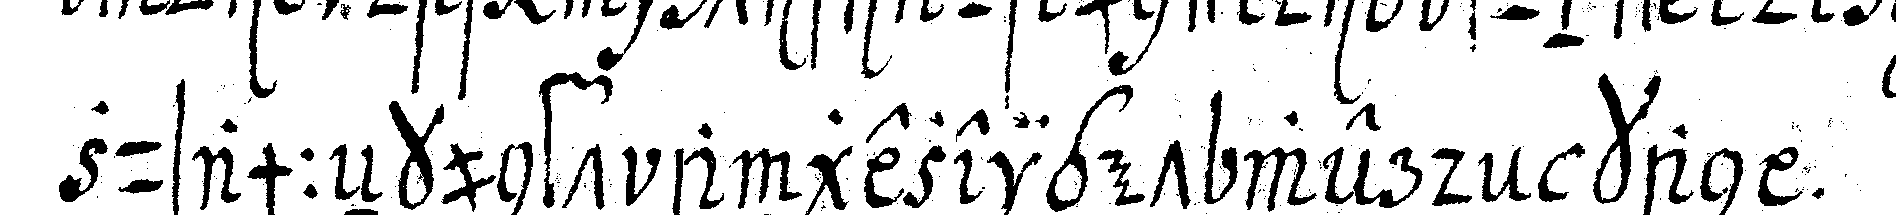
zusammeNkunft angezeiget werdeN kan